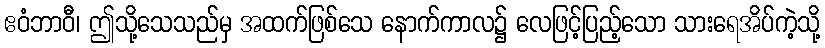
ဧဝံဘာဝီ၊ ဤသို့သေသည်မှ အထက်ဖြစ်သေ နောက်ကာလ၌ လေဖြင့်ပြည့်သော သားရေအိပ်ကဲ့သို့